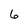
Character: 6